Civil Veterinary Department Bengal reports 1933-51 - 1933-1951
Year: 1933
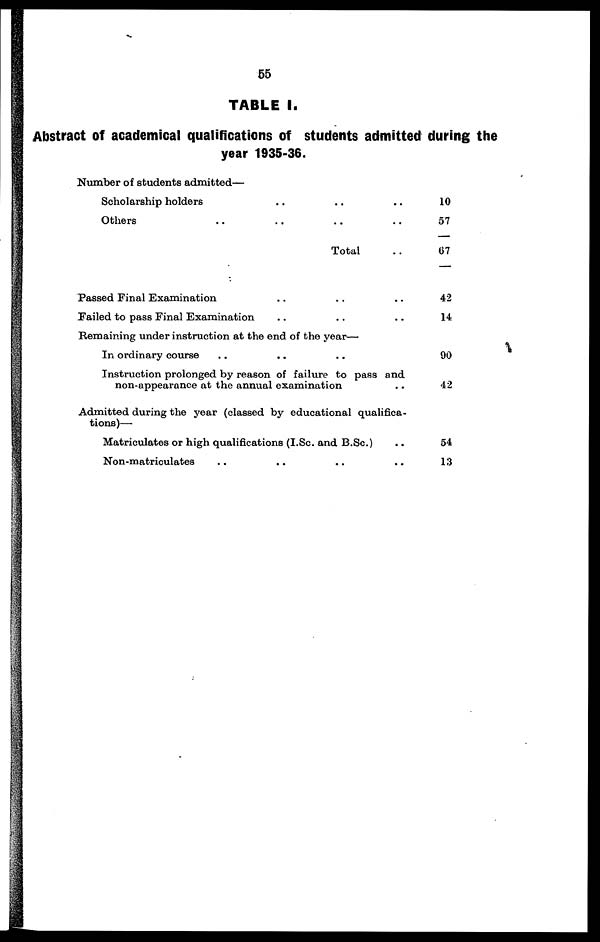
55
TABLE I.
Abstract of academical qualifications of students admitted during the
year 1935-36.
Number of students admitted—
Scholarship holders .. .. ..
Others .. .. .. ..
Total ..
Passed Final Examination .. .. ..
Failed to pass Final Examination .. .. ..
Remaining under instruction at the end of the year—
In ordinary course .. .. ..
Instruction prolonged by reason of failure to pass and
non-appearance at the annual examination ..
Admitted during the year (classed by educational qualifica-
tions)—
Matriculates or high qualifications (I.Sc. and B.Sc.) ..
Non-matriculates .. .. .. ..
10
57
67
42
14
90
42
54
13